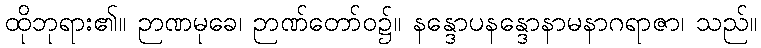
ထိုဘုရား၏။ ဉာဏမုခေ၊ ဉာဏ်တော်ဝ၌။ နန္ဒောပနန္ဒောနာမနာဂရာဇာ၊ သည်။